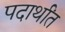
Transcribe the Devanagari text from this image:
पदार्थांंत